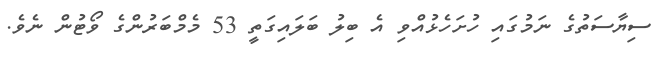
ސިޔާސަތުގެ ނަމުގައި ހުށަހެޅުއްވި އެ ބިލު ބަލައިގަތީ 53 މެމްބަރުންގެ ވޯޓުން ނެވެ.